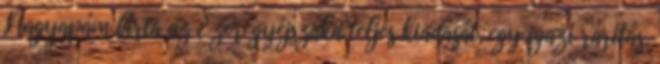
„Nagyapám bírta az Ezeregyéjszaka teljes kiadását, egy igazi raritás,